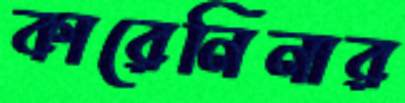
কারেনিনার